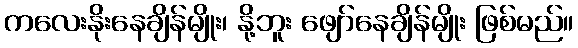
ကလေးနိုးနေချိန်မျိုး၊ နို့ဘူး ဖျော်နေချိန်မျိုး ဖြစ်မည်။